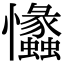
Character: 𢥾